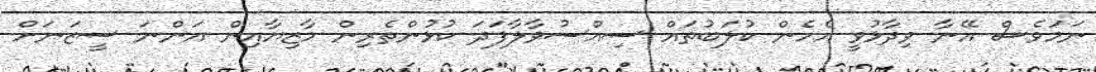
ނަމަވެސް އޭނާ ވިދާޅުވީ އެހެން ކުލަބުތައް ސިއްސުވާލާފަދަ ކުޅުންތެރިން މާޒިޔާއިން އަންނަ ސީޒަނަށް